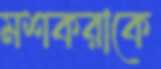
মশকরাকে